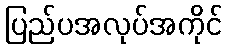
ပြည်ပအလုပ်အကိုင်